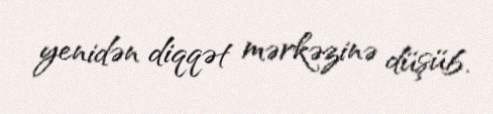
yenidən diqqət mərkəzinə düşüb.